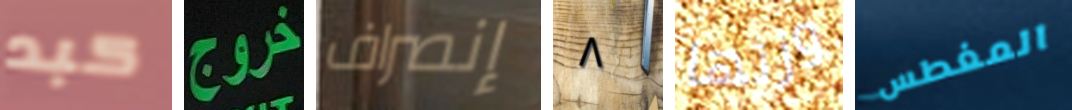
كبد خروج إنصراف ٨ وزنها المغطس